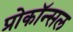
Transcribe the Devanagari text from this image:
प्रोकॉन्सल